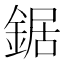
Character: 鋸